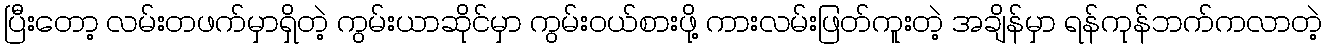
ပြီးတော့ လမ်းတဖက်မှာရှိတဲ့ ကွမ်းယာဆိုင်မှာ ကွမ်းဝယ်စားဖို့ ကားလမ်းဖြတ်ကူးတဲ့ အချိန်မှာ ရန်ကုန်ဘက်ကလာတဲ့